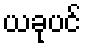
ယခုပင်